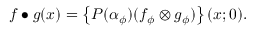
f \bullet g ( x ) = \left\{ P ( \alpha _ { \phi } ) ( f _ { \phi } \otimes g _ { \phi } ) \right\} ( x ; 0 ) .